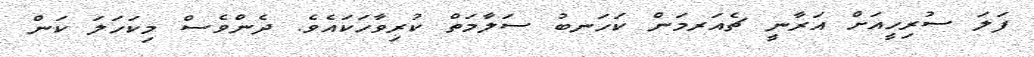
ފަލަ ސުރިހީއަށް އަރާނީ ޗެއަރމަން ކަހަނބު ސަލާމަތް ކުރިވާހަކައެވެ. ދެންވެސް މިކަހަލަ ކަން